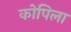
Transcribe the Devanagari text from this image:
कोपिला